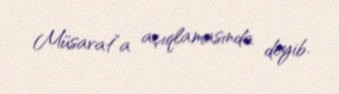
Müsavat”a açıqlamasında deyib.